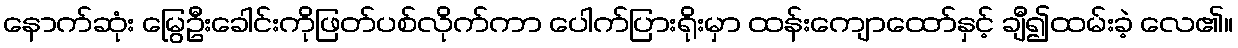
နောက်ဆုံး မြွေဦးခေါင်းကိုဖြတ်ပစ်လိုက်ကာ ပေါက်ပြားရိုးမှာ ထန်းကျောထော်နှင့် ချီ၍ထမ်းခဲ့ လေ၏။